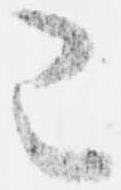
已